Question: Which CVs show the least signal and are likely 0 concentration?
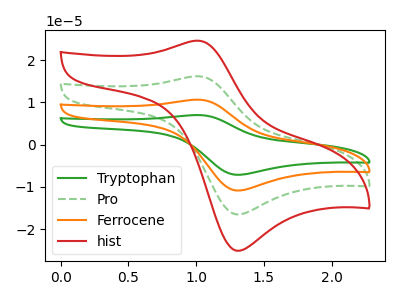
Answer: <think>The green curve "Tryptophan" has an anodic peak at (1.00V, 48.55uA) and a cathodic peak at (1.30V, -49.60uA). The green dashed curve "Pro" has an anodic peak at (1.00V, 16.20uA) and a cathodic peak at (1.30V, -16.55uA). The orange curve "Ferrocene" has an anodic peak at (1.00V, 32.40uA) and a cathodic peak at (1.30V, -33.05uA). The red curve "hist" has an anodic peak at (1.00V, 24.60uA) and a cathodic peak at (1.30V, -25.15uA).</think>
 <answer>There are not any CV's on this graph that are likely to be blanks.</answer>
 <eval>none</eval>